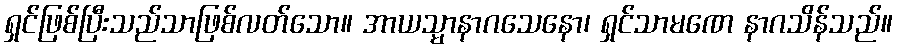
ရှင်ဖြစ်ပြီးသည်သာဖြစ်လတ်သော။ အာယသ္မာနာဂသေနော၊ ရှင်သာမဏေ နာဂသိန်သည်။